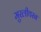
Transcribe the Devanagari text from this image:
मुरलीथरन